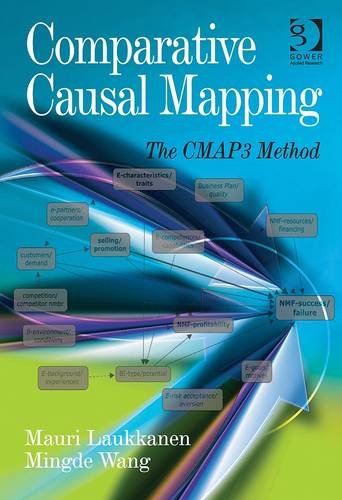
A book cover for Comparative Causal Mapping: The Cmap3 Method; Mauri Laukkanen; Business & Money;